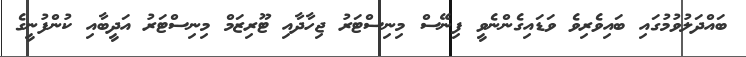
ބައްދަލުވުމުގައި ބައިވެރިވެ ވަޑައިގެންނެވީ ފިނޭސް މިނިސްޓަރު ޖިހާދާއި ޓޫރިޒަމް މިނިސްޓަރު އަދީބާއި ކުންފުނީގެ